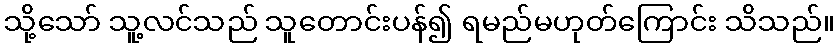
သို့သော် သူ့လင်သည် သူတောင်းပန်၍ ရမည်မဟုတ်ကြောင်း သိသည်။